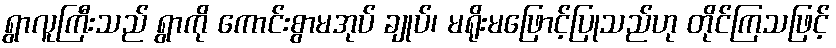
ရွာလူကြီးသည် ရွာကို ကောင်းစွာမအုပ် ချုပ်၊ မရိုးမဖြောင့်ပြုသည်ဟု တိုင်ကြသဖြင့်